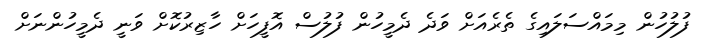
ފުލުހުން މިމައްސަލައިގެ ތެރެއަށް ވަދެ ދެމީހުން ފުލުސް އޮފީހަށް ހާޒިރުކޮށް ވަނީ ދެމީހުންނަށް